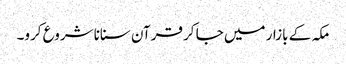
مکہ کے بازار میں جا کر قرآن سنانا شروع کرو۔